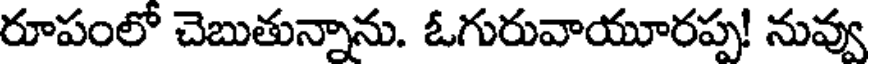
రూపంలో చెబుతున్నాను. ఓగురువాయూరప్ప! నువ్వు